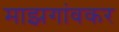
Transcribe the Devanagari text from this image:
माझगांवकर